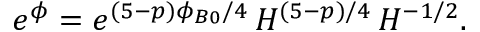
e ^ { \phi } = e ^ { ( 5 - p ) \phi _ { B 0 } / 4 } \, H ^ { ( 5 - p ) / 4 } \, H ^ { - 1 / 2 } .